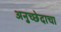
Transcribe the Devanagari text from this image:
अनुच्छेदाचा